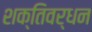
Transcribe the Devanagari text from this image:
शक्तिवर्धन